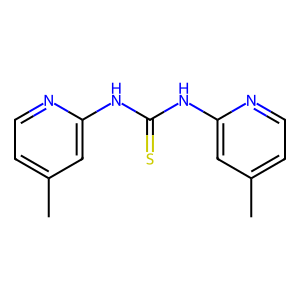
SMILES: Cc1ccnc(NC(=S)Nc2cc(C)ccn2)c1
Inhibits HIV replication: No